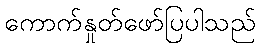
ကောက်နှုတ်ဖော်ပြပါသည်